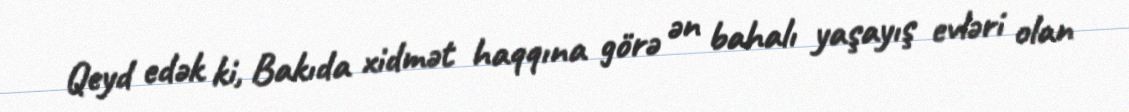
Qeyd edək ki, Bakıda xidmət haqqına görə ən bahalı yaşayış evləri olan